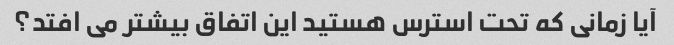
آیا زمانی که تحت استرس هستید این اتفاق بیشتر می افتد؟